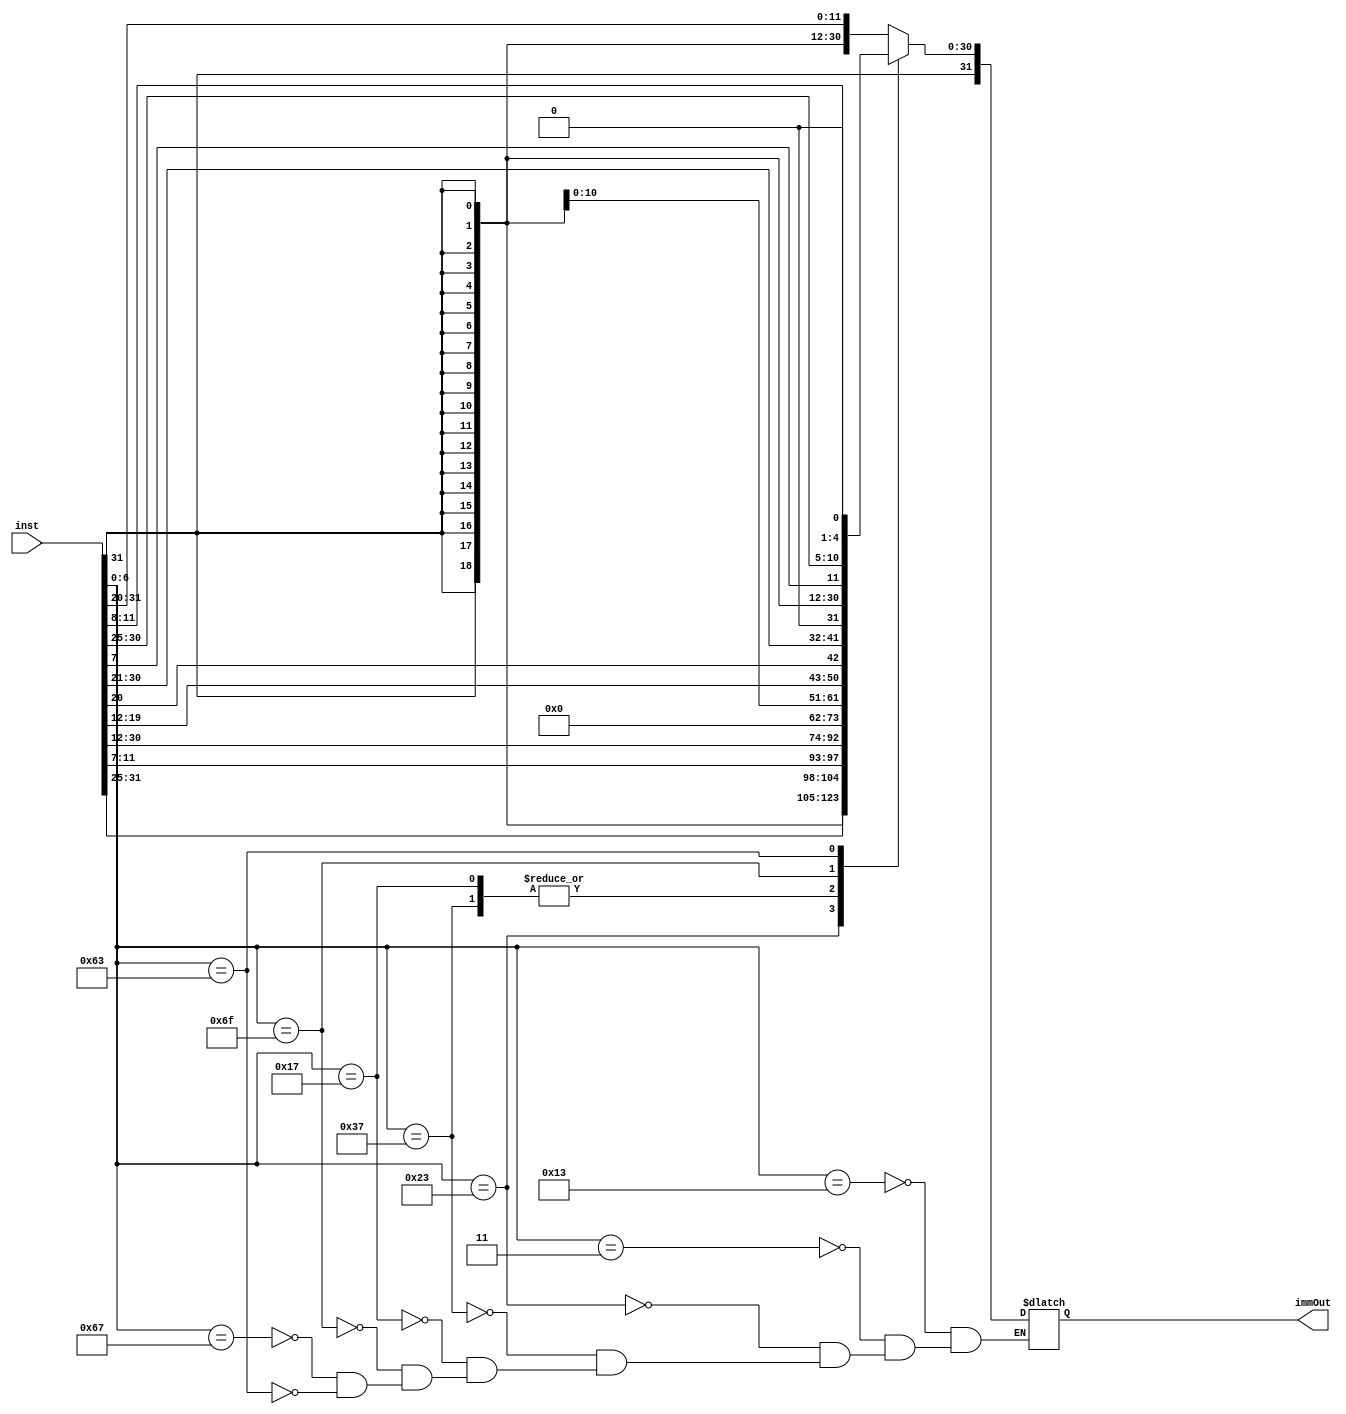
//immediates
`define UIMM20 {inst[31:12], 12'b0}
`define IIMM12 {{20{inst[31]}}, inst[31:20]}
`define BIMM   {{19{inst[31]}}, inst[31], inst[7], inst[30:25], inst[11:8], 1'b0}
`define JIMM20 {{12{inst[31]}}, inst[19:12], inst[20], inst[30:25], inst[24:21], 1'b0}
`define STIMM  {{20{inst[31]}}, inst[31:25], inst[11:7]}
`define SHAMT  inst[24:20] 



module immgen(
	input wire [31:0]inst,
	output reg [31:0]immOut
);

	reg [6:0]opcode;
	
	always @(inst) begin
		
		opcode = inst[6:0];
		
		case(opcode)

			7'b0010011 : begin
								//I-type
								immOut = `IIMM12;
							 end
			7'b0000011 : begin
								//I-type Load
								immOut = `IIMM12;
							 end
			7'b0100011 : begin
								//S-type
								immOut = `STIMM;
							 end
			7'b0110111 : begin
								//U-Type
								immOut = `UIMM20;
							 end
			7'b0010111 : begin
							   //U-Type (AUIPC)
								immOut = `UIMM20;
							 end
			7'b1101111 : begin
								//J-Type
								immOut = `JIMM20;
							 end
			7'b1100111 : begin
								//I-Type (JALR)
								immOut = `IIMM12;
							 end
			7'b1100011 : begin
								//B-Type
								immOut = `BIMM;
							 end
			7'b0100011 : begin
								//S-Type
								immOut = `STIMM;
							 end
		endcase
		
	end





endmodule